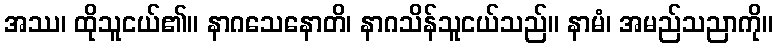
အဿ၊ ထိုသူငယ်၏။ နာဂသေနောတိ၊ နာဂသိန်သူငယ်သည်။ နာမံ၊ အမည်သညာကို။